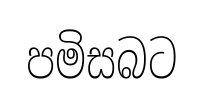
පමිසබට